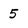
Character: 5